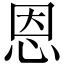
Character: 恩